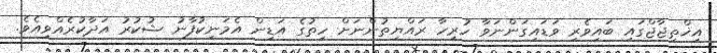
އިޚްތިޖާޖްގައި ބައިވެރި ވަޑައިގަންނަވާ ހުރިހާ ރައްޔިތުންނަށް ހިތުގެ އަޑިން އެމަނިކުފާނު ޝުކުރު އަދާކުރެއްވިއެވެ.